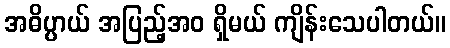
အဓိပ္ပာယ် အပြည့်အဝ ရှိမယ် ကျိန်းသေပါတယ်။